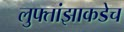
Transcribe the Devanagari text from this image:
लुफ्तांझाकडेच